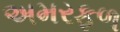
અમરફળ